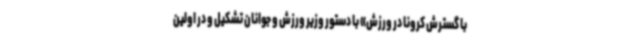
با گسترش کرونا در ورزش» با دستور وزیر ورزش و جوانان تشکیل و در اولین